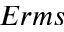
E r m s